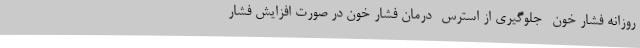
روزانه فشار خون -جلوگیری از استرس -درمان فشار خون در صورت افزایش فشار